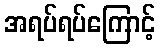
အရပ်ရပ်ကြောင့်